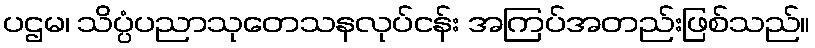
ပဌမ၊ သိပ္ပံပညာသုတေသနလုပ်ငန်း အကြပ်အတည်းဖြစ်သည်။